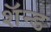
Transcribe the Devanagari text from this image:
शॅन्ड